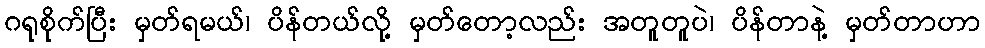
ဂရုစိုက်ပြီး မှတ်ရမယ်၊ ပိန်တယ်လို့ မှတ်တော့လည်း အတူတူပဲ၊ ပိန်တာနဲ့ မှတ်တာဟာ